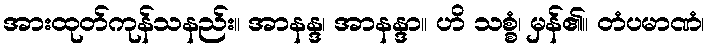
အားထုတ်ကုန်သနည်း။ အာနန္ဒ၊ အာနန္ဒာ။ ဟိ သစ္စံ၊ မှန်၏။ တံပမာဏံ၊